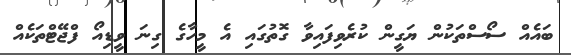
ބައެއް ސޯސްތަކުން ޔަގީން ކުރެވިފައިވާ ގޮތުގައި އެ މީހާގެ ގިނަ ވީޑިއޯ ފްޖޭޓްތަކެއް